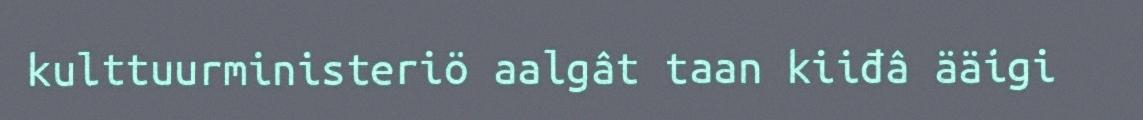
kulttuurministeriö aalgât taan kiiđâ ääigi